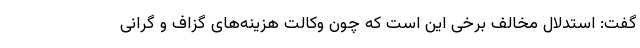
گفت: استدلال مخالف برخی این است که چون وکالت هزینه‌های گزاف و گرانی